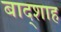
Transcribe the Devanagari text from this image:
बाद्शाह